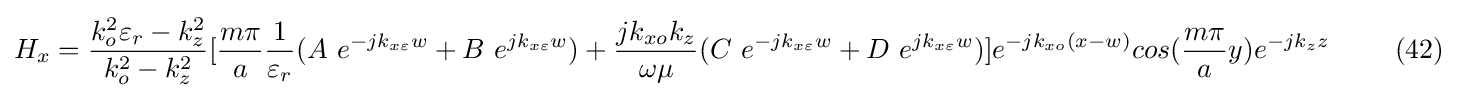
H_{x}={\frac {k_{o}^{2}\varepsilon _{r}-k_{z}^{2}}{k_{o}^{2}-k_{z}^{2}}}[{\frac {m\pi }{a}}{\frac {1}{\varepsilon _{r}}}(A\ e^{-jk_{x\varepsilon }w}+B\ e^{jk_{x\varepsilon }w})+{\frac {jk_{xo}k_{z}}{\omega \mu }}(C\ e^{-jk_{x\varepsilon }w}+D\ e^{jk_{x\varepsilon }w})]e^{-jk_{xo}(x-w)}cos({\frac {m\pi }{a}}y)e^{-jk_{z}z}\ \ \ \ \ \ \ (42)